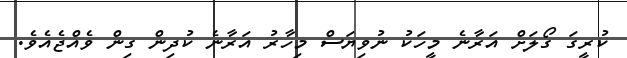
ކުރީގަ ގޯލަށް އަރާނެ މީހަކު ނުވިޔަސް މިހާރު އަރާނެ ކުދިން ގިން ވެއްޖެއެވެ.